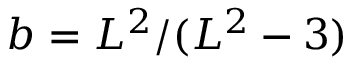
b = L ^ { 2 } / ( L ^ { 2 } - 3 )